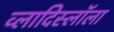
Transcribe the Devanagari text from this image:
व्लादिस्लॉला